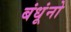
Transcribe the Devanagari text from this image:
बंधूंनो